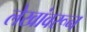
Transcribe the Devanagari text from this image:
लेखांवरून